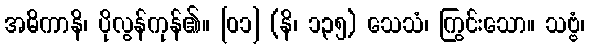
အဓိကာနိ၊ ပိုလွန်ကုန်၏။ [၀၁] (နိ၊ ၁၃၅) သေသံ၊ ကြွင်းသော။ သဗ္ဗံ၊